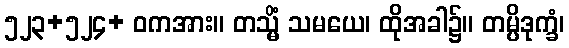
၅၂၃+၅၂၄+ ဝကအား။ တသ္မိံ သမယေ၊ ထိုအခါ၌။ တမ္ပိဒုက္ခံ၊